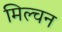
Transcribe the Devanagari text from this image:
मिल्चन